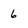
Character: 6